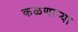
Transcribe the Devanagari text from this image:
कळणार्‍या